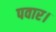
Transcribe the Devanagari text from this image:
पवार।